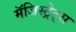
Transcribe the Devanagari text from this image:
मॅजिस्ट्रेट्स